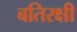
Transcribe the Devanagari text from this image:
बतिरक्षी